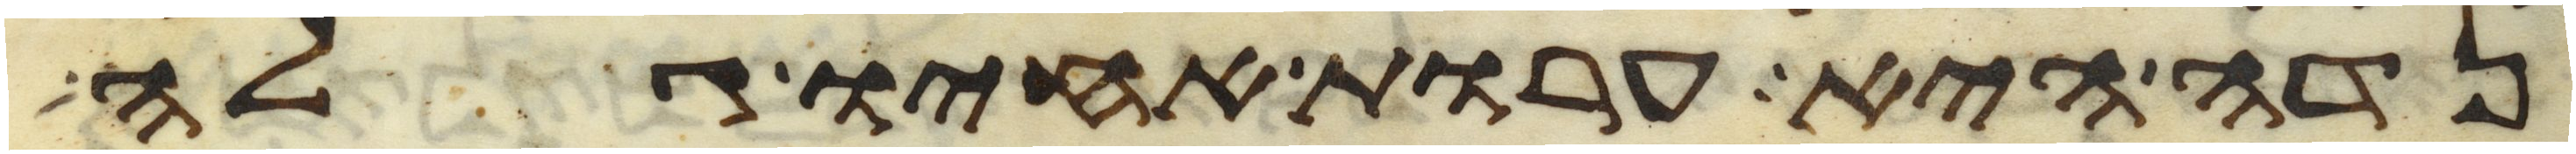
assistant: נדה היא ערות אחיו גלה